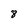
Character: 8